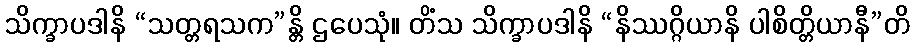
သိက္ခာပဒါနိ “သတ္တရသက”န္တိ ဌပေသုံ။ တိံသ သိက္ခာပဒါနိ “နိဿဂ္ဂိယာနိ ပါစိတ္တိယာနီ”တိ